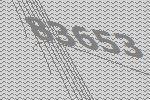
83653